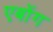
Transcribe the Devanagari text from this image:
एबोंग